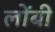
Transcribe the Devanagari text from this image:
लोंबी